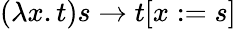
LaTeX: (\lambda x.t)s\to t[x:=s]